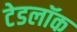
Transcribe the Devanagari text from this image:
टेडलॉक